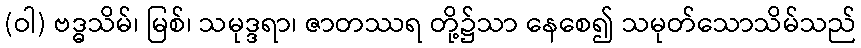
(ဝါ) ဗဒ္ဓသိမ်၊ မြစ်၊ သမုဒ္ဒရာ၊ ဇာတဿရ တို့၌သာ နေစေ၍ သမုတ်သောသိမ်သည်